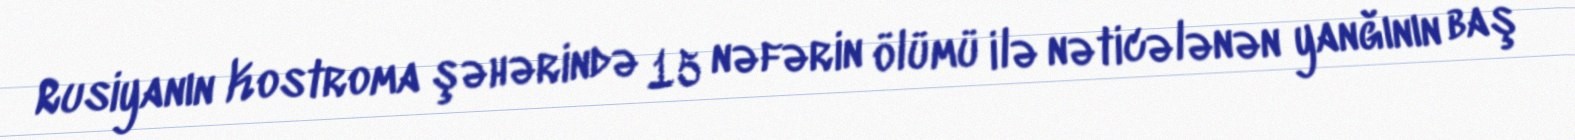
Rusiyanın Kostroma şəhərində 15 nəfərin ölümü ilə nəticələnən yanğının baş